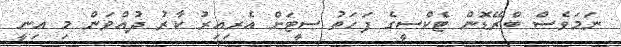
ނަމަވެސް ބްރޭޑޮން ޓެކްސީގެ ފަހަތު ސީޓަށް އެރިއިރު ކާރު ދުއްވަން މި އިނީ